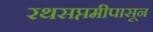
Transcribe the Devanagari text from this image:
रथसप्तमीपासून